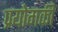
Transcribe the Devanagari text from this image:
प्रयोगकी